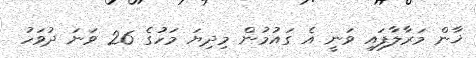
ޚާން މަރާލާފައި ވަނީ އެ ގައުމުން މިދިޔަ މަހުގެ 26 ވަނަ ދުވަހު